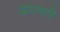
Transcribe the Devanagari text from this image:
दालते